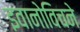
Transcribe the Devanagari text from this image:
इवानोविचने